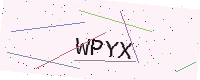
Text: WPYX